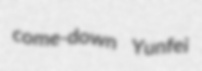
come-down Yunfei